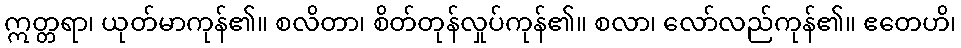
ဣတ္တရာ၊ ယုတ်မာကုန်၏။ စလိတာ၊ စိတ်တုန်လှုပ်ကုန်၏။ စလာ၊ လော်လည်ကုန်၏။ ဧတေဟိ၊